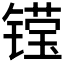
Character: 𮸝